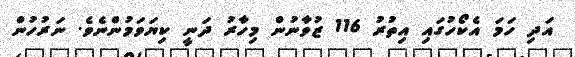
އަދި ހަމަ އެކޯހުގައި އިތުރު 116 ޒުވާނުން މިހާރު ދަނީ ކިޔަވަމުންނެވެ. ނަރުހުން